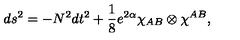
d s ^ { 2 } = - N ^ { 2 } d t ^ { 2 } + \frac { 1 } { 8 } e ^ { 2 \alpha } \chi _ { A B } \otimes \chi ^ { A B } ,